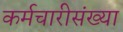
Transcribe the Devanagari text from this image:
कर्मचारीसंख्या